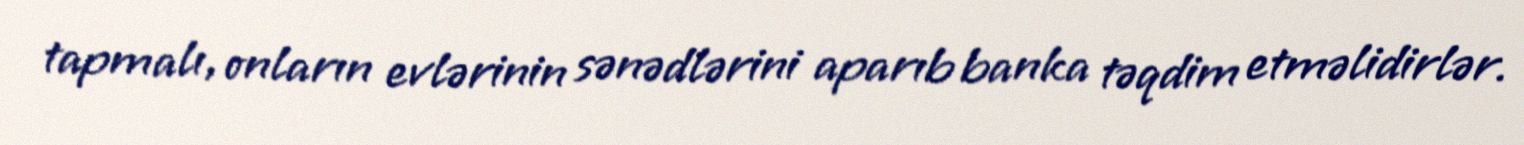
tapmalı, onların evlərinin sənədlərini aparıb banka təqdim etməlidirlər.